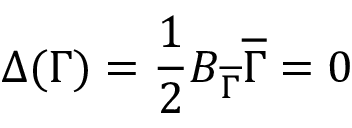
\Delta ( \Gamma ) = { \frac { 1 } { 2 } } B _ { \overline { { \Gamma } } } \overline { { \Gamma } } = 0